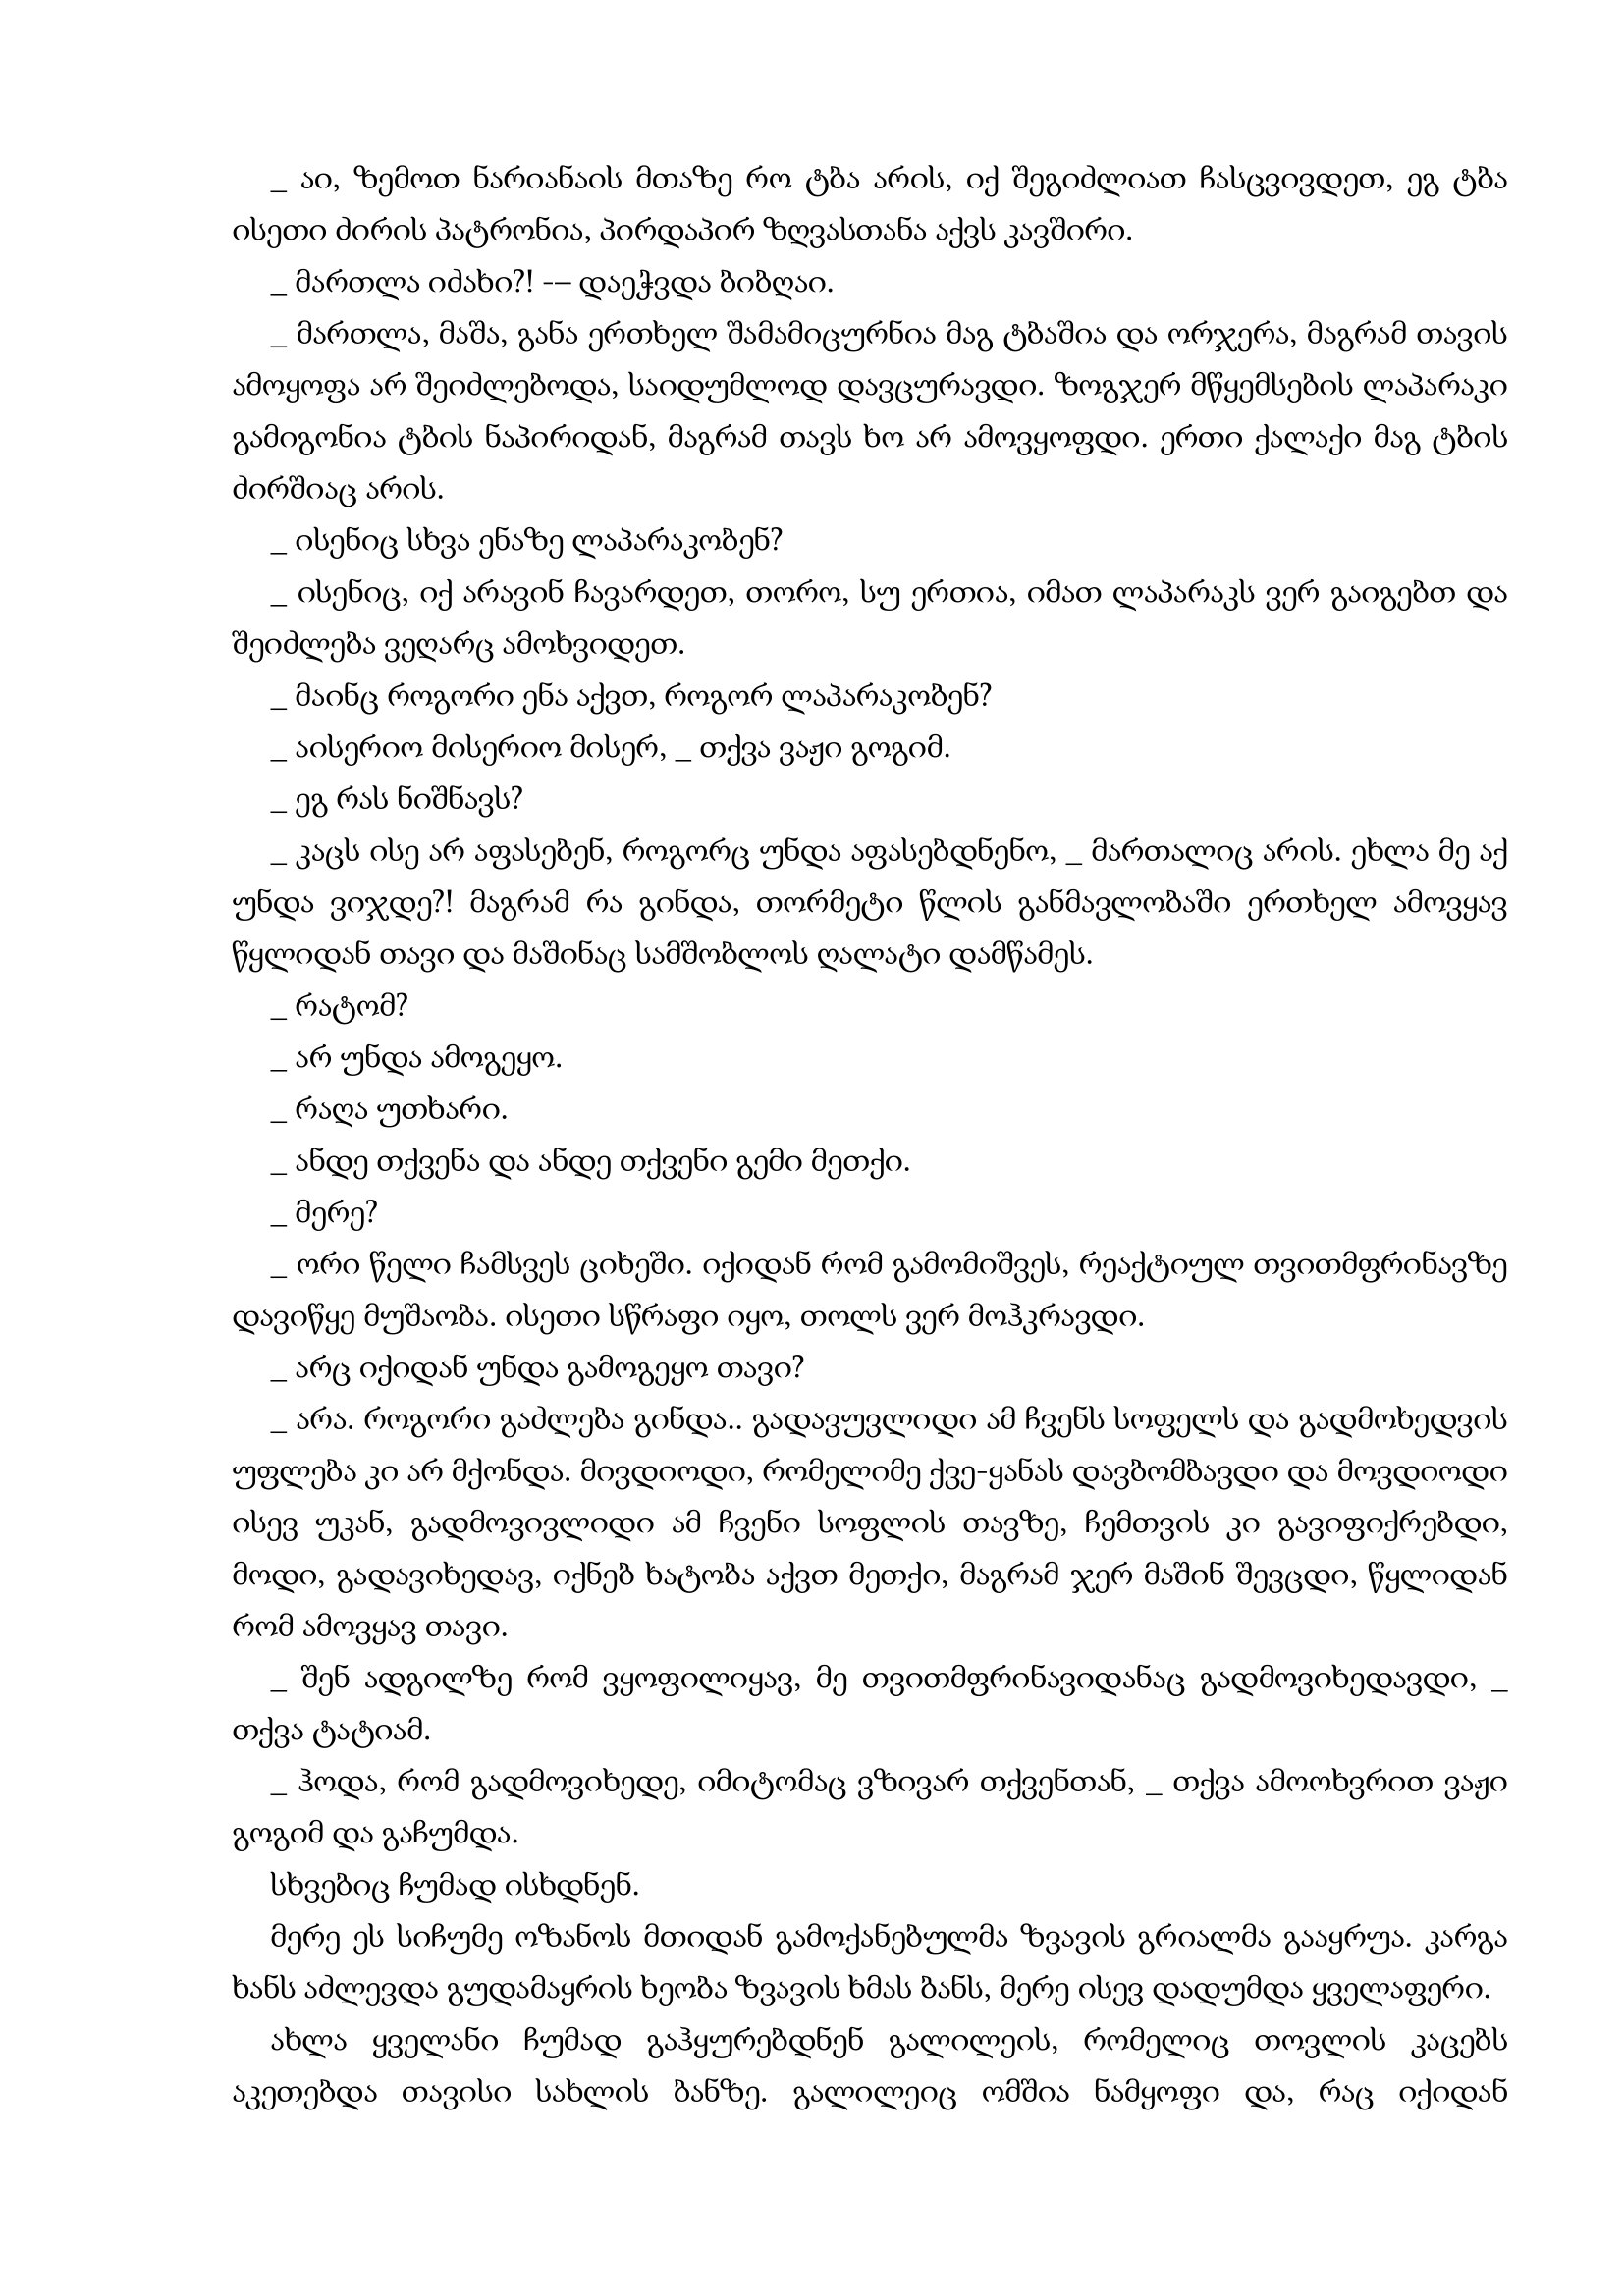
Language: gr